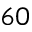
6 0